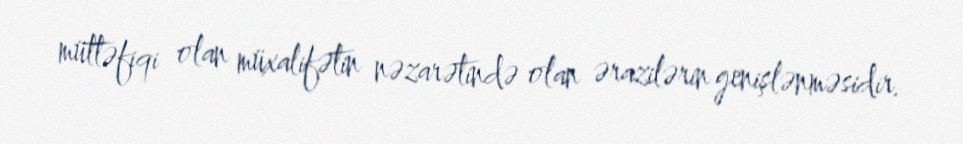
müttəfiqi olan müxalifətin nəzarətində olan ərazilərin genişlənməsidir.